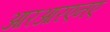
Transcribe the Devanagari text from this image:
आरआरएनए